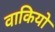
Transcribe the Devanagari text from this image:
वाकियो